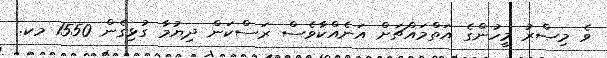
ވެ މިޞްރު މީހުންގެ އަތްމައްޗަށް އަނެއްކާވެސް ރަސްކަން ދިޔުމާ ގުޅިގެން 1550 މކ.